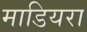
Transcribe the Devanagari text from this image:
माडियरा